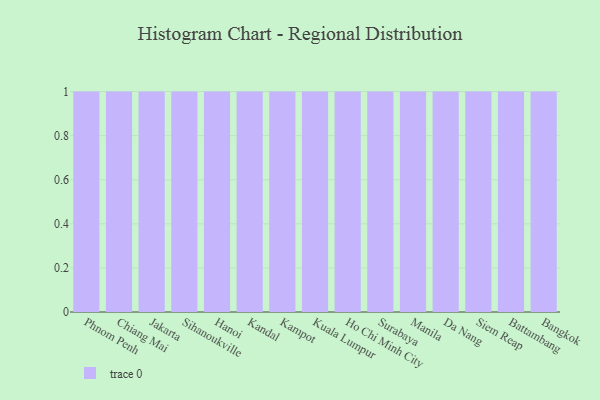
{"axis": {"x": "City", "y": "Headcount"}, "legend": [""], "data": [{"x": "Phnom Penh", "y": 71, "type": ""}, {"x": "Chiang Mai", "y": 8, "type": ""}, {"x": "Jakarta", "y": 57, "type": ""}, {"x": "Sihanoukville", "y": 42, "type": ""}, {"x": "Hanoi", "y": 83, "type": ""}, {"x": "Kandal", "y": 2, "type": ""}, {"x": "Kampot", "y": 16, "type": ""}, {"x": "Kuala Lumpur", "y": 26, "type": ""}, {"x": "Ho Chi Minh City", "y": 37, "type": ""}, {"x": "Surabaya", "y": 96, "type": ""}, {"x": "Manila", "y": 74, "type": ""}, {"x": "Da Nang", "y": 51, "type": ""}, {"x": "Siem Reap", "y": 16, "type": ""}, {"x": "Battambang", "y": 22, "type": ""}, {"x": "Bangkok", "y": 75, "type": ""}]}